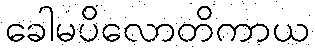
ခေါမပိလောတိကာယ